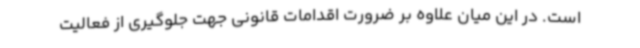
است. در این میان علاوه بر ضرورت اقدامات قانونی جهت جلوگیری از فعالیت